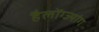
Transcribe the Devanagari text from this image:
हैलोंग्ज्यांग